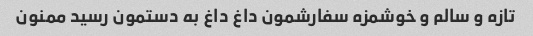
تازه و سالم و خوشمزه سفارشمون داغ داغ به دستمون رسید ممنون